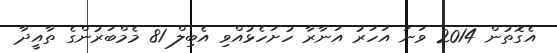
އެގޮތުން 2014 ވަނަ އަހަރު އަނާރާ ހުށަހެޅުއްވި އެބިލް 81 މެމްބަރުންގެ ތާއީދާ